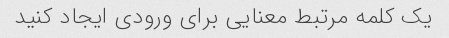
یک کلمه مرتبط معنایی برای ورودی ایجاد کنید